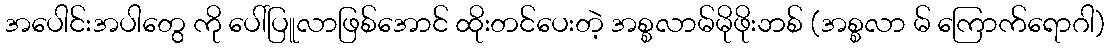
အပေါင်းအပါတွေ ကို ပေါ်ပြူလာဖြစ်အောင် ထိုးတင်ပေးတဲ့ အစ္စလာမ်မိုဖိုးဘစ် (အစ္စလာ မ် ကြောက်ရောဂါ)